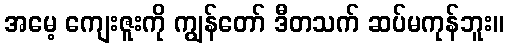
အမေ့ ကျေးဇူးကို ကျွန်တော် ဒီတသက် ဆပ်မကုန်ဘူး။